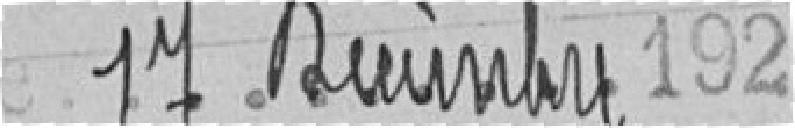
17 .............................. 1924